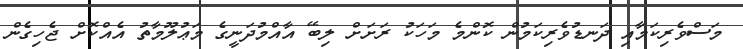
މަސްވެރިކަމާއި ދަނޑުވެރިކަމުން ކޮންމެ މަހަކު ރަށަށް ލިބޭ އާއްމުދަނީގެ މަޢުލޫމާތު އެއްކޮށް ޖެހިގެން